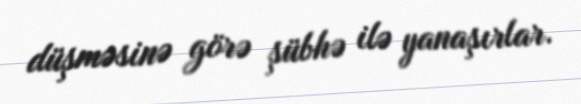
düşməsinə görə şübhə ilə yanaşırlar.